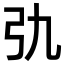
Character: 𢎩